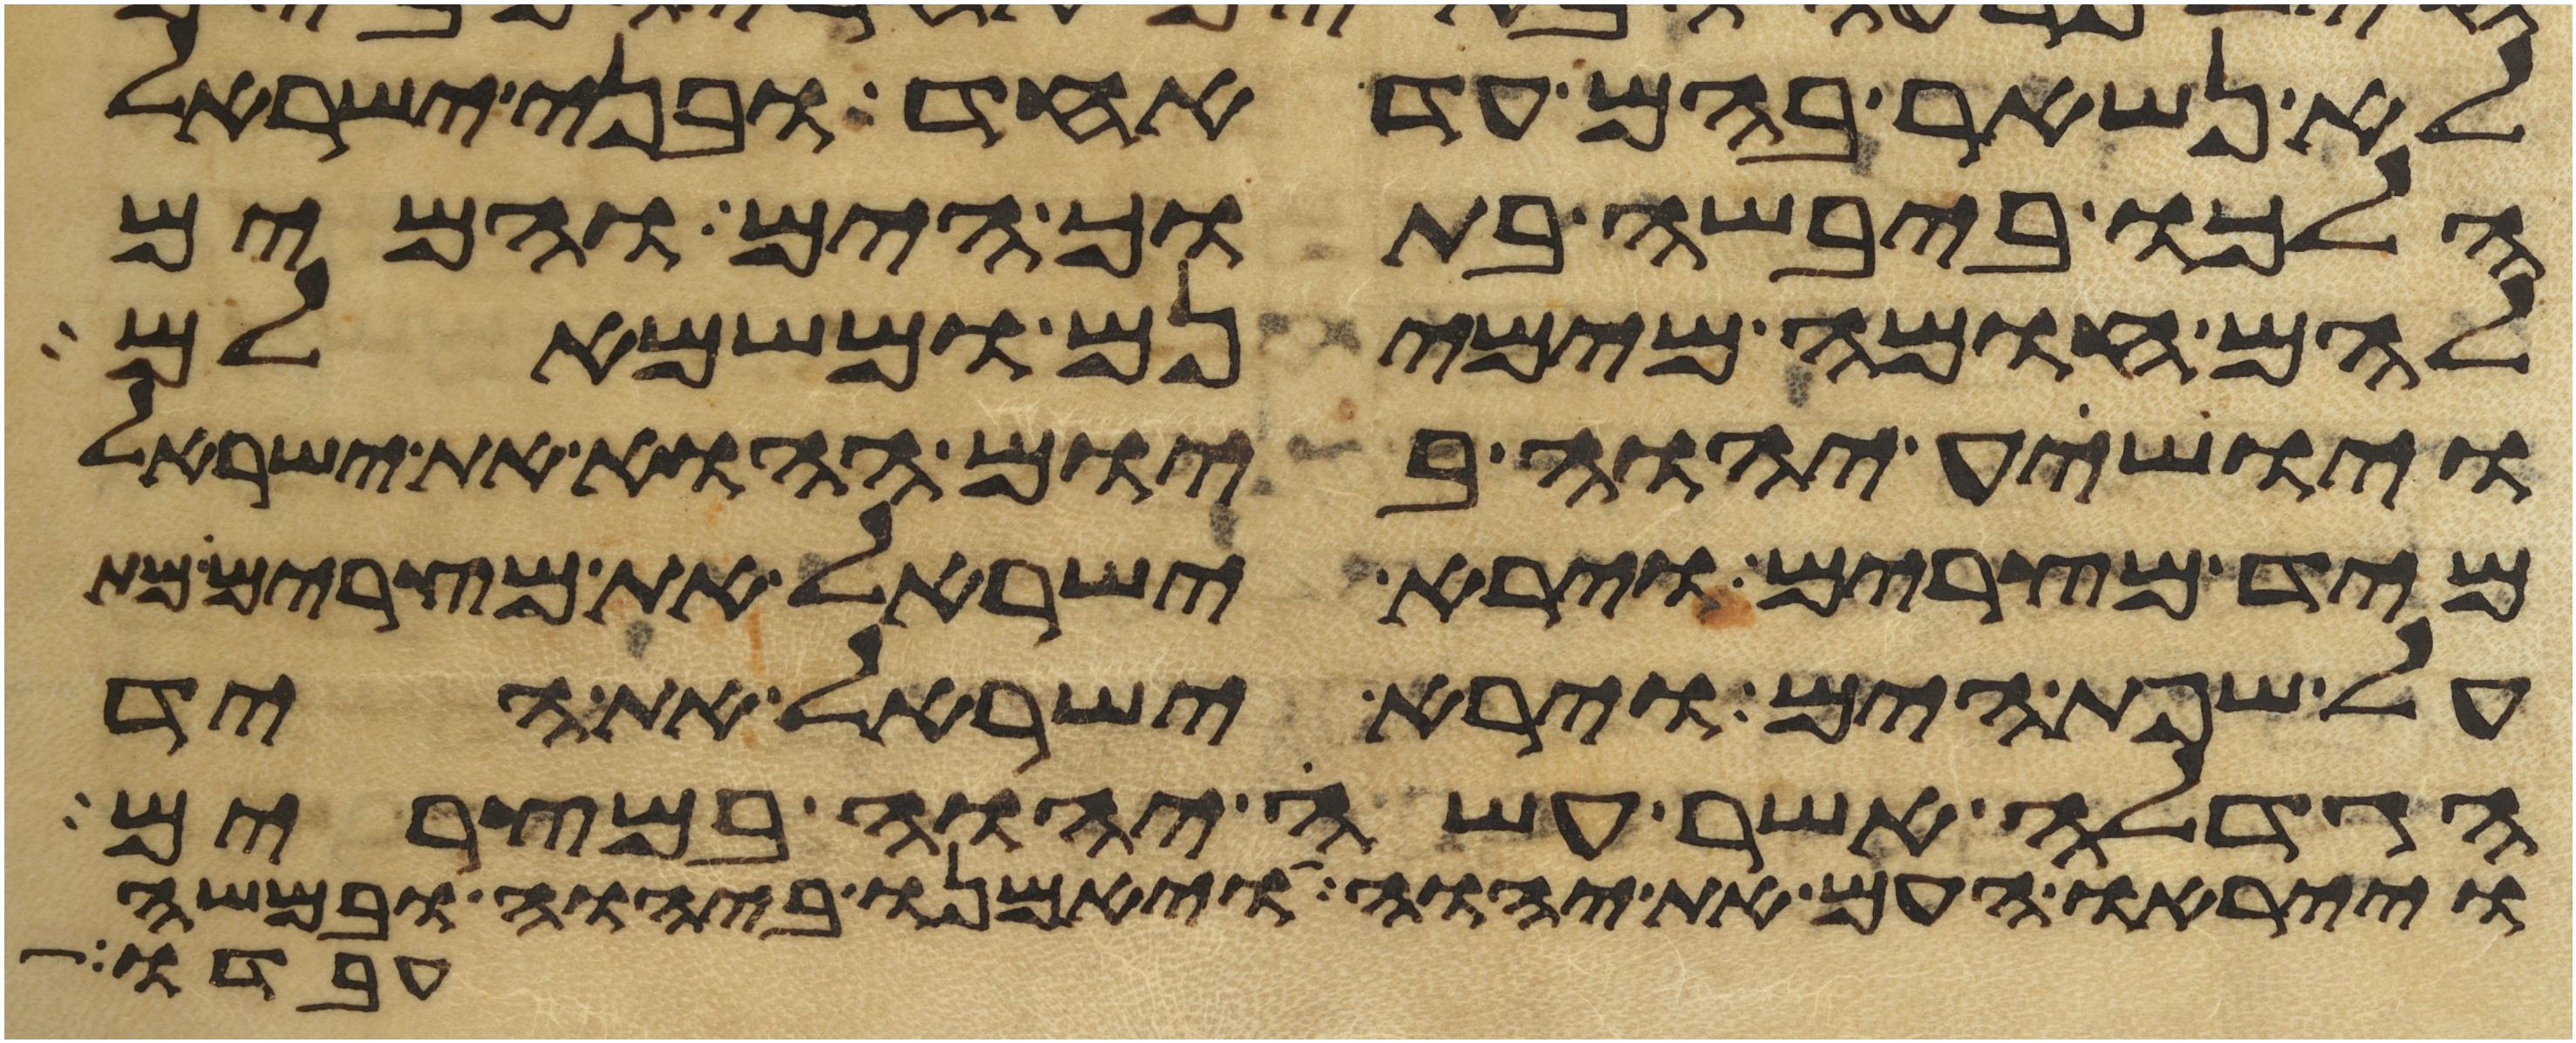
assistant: לא נשאר בהם עד אחד ובני ישראל
הלכו ביבשה בתוך הים והמים
להם חומה מימינם ומשמאלם
ויושיע יהוה ביום ההוא את ישראל
מיד מצרים וירא ישראל את מצרים מת
על שפת הים וירא ישראל את היד
הגדלה אשר עשה יהוה במצרים
וייראו העם את יהוה ויאמנו ביהוה ובמשה
עבדו